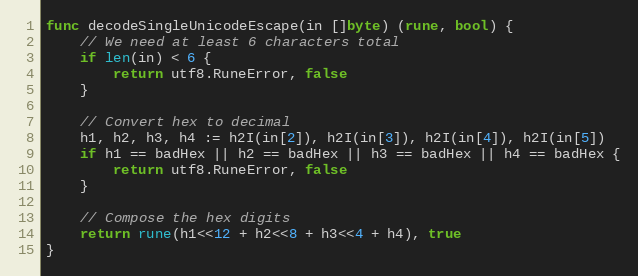
Language: Go
func decodeSingleUnicodeEscape(in []byte) (rune, bool) {
	// We need at least 6 characters total
	if len(in) < 6 {
		return utf8.RuneError, false
	}

	// Convert hex to decimal
	h1, h2, h3, h4 := h2I(in[2]), h2I(in[3]), h2I(in[4]), h2I(in[5])
	if h1 == badHex || h2 == badHex || h3 == badHex || h4 == badHex {
		return utf8.RuneError, false
	}

	// Compose the hex digits
	return rune(h1<<12 + h2<<8 + h3<<4 + h4), true
}